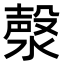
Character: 漀